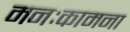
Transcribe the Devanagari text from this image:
मनःकामना